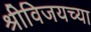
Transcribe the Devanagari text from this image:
श्रीविजयच्या